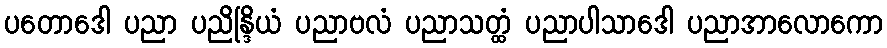
ပတောဒေါ ပညာ ပညိန္ဒြိယံ ပညာဗလံ ပညာသတ္ထံ ပညာပါသာဒေါ ပညာအာလောကော